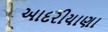
આદરીયાણા